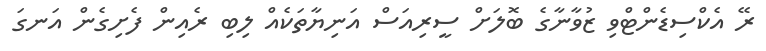
ރޭ އެކްސިޑެންޓްވި ޒުވާނާގެ ބޮލަށް ސީރިއަސް އަނިޔާތަކެއް ލިބި ރެއިން ފެށިގެން އަނގަ